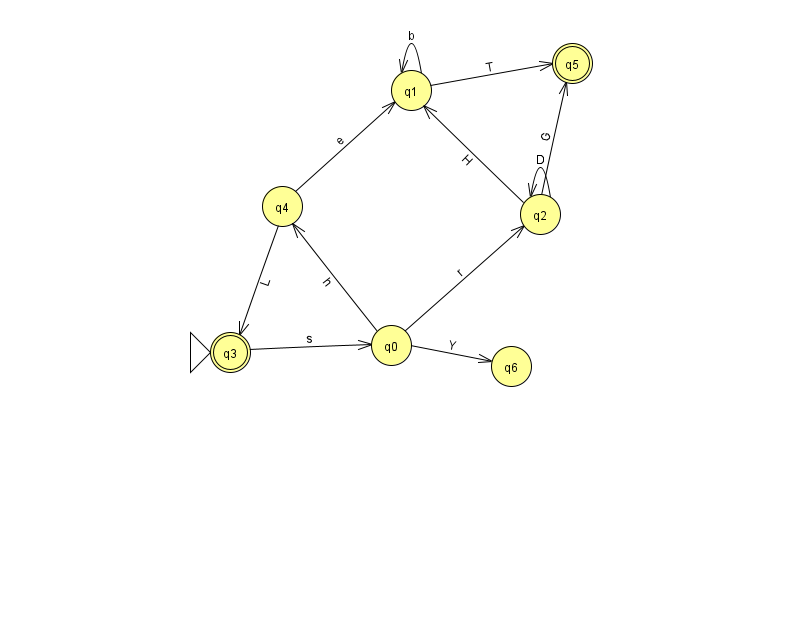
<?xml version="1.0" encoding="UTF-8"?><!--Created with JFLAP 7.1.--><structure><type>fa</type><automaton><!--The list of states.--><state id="0" name="q0"><x>391.0</x><y>332.0</y></state><state id="1" name="q1"><x>411.0</x><y>77.0</y></state><state id="2" name="q2"><x>540.0</x><y>201.0</y></state><state id="3" name="q3"><x>230.0</x><y>339.0</y><initial/><final/></state><state id="4" name="q4"><x>282.0</x><y>193.0</y></state><state id="5" name="q5"><x>572.0</x><y>50.0</y><final/></state><state id="6" name="q6"><x>511.0</x><y>353.0</y></state><!--The list of transitions.--><transition><from>1</from><to>1</to><read>b</read></transition><transition><from>2</from><to>2</to><read>D</read></transition><transition><from>4</from><to>3</to><read>L</read></transition><transition><from>3</from><to>0</to><read>s</read></transition><transition><from>2</from><to>1</to><read>H</read></transition><transition><from>0</from><to>4</to><read>h</read></transition><transition><from>4</from><to>1</to><read>e</read></transition><transition><from>1</from><to>5</to><read>T</read></transition><transition><from>0</from><to>2</to><read>r</read></transition><transition><from>2</from><to>5</to><read>G</read></transition><transition><from>0</from><to>6</to><read>Y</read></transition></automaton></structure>